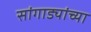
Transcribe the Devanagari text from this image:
सांगाड्यांच्या